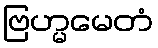
ဗြဟ္မမေတံ